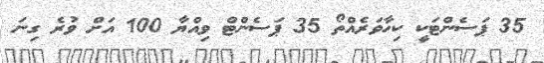
35 ޕަސެންޓަކީ ކިހާވަރެއްތޯ 35 ޕަސެންޓް ވިއްޔާ 100 އަށް ވުރެ ގިނަ